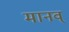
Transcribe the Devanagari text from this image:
मानव्